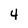
Character: 4